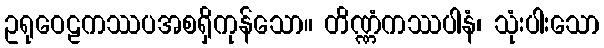
ဥရုဝေဠကဿပအစရှိကုန်သော။ တိဏ္ဏံကဿပါနံ၊ သုံးပါးသော